Malaria in the Punjab - Number 46
Disease focus: Malaria
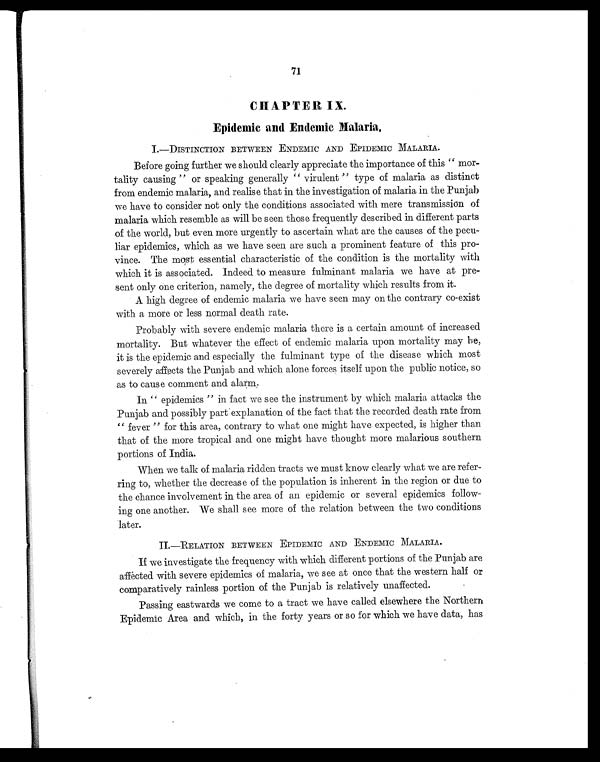
71
CHAPTER IX.
Epidemic and Endemic Malaria.
I.—DISTINCTION BETWEEN ENDEMIC AND EPIDEMIC MALARIA.
Before going further we should clearly appreciate the importance of this "mor-
tality causing" or speaking generally "virulent" type of malaria as distinct
from endemic malaria, and realise that in the investigation of malaria in the Punjab
we have to consider not only the conditions associated with mere transmission of
malaria which resemble as will be seen those frequently described in different parts
of the world, but even more urgently to ascertain what are the causes of the pecu-
liar epidemics, which as we have seen are such a prominent feature of this pro-
vince. The most essential characteristic of the condition is the mortality with
which it is associated. Indeed to measure fulminant malaria we have at pre-
sent only one criterion, namely, the degree of mortality which results from it.
A high degree of endemic malaria we have seen may on the contrary co-exist
with a more or less normal death rate.
Probably with severe endemic malaria there is a certain amount of increased
mortality. But whatever the effect of endemic malaria upon mortality may be,
it is the epidemic and especially the fulminant type of the disease which most
severely affects the Punjab and which alone forces itself upon the public notice, so
as to cause comment and alarm.
In "epidemics" in fact we see the instrument by which malaria attacks the
Punjab and possibly part explanation of the fact that the recorded death rate from
"fever" for this area, contrary to what one might have expected, is higher than
that of the more tropical and one might have thought more malarious southern
portions of India.
When we talk of malaria ridden tracts we must know clearly what we are refer-
ring to, whether the decrease of the population is inherent in the region or due to
the chance involvement in the area of an epidemic or several epidemics follow-
ing one another. We shall see more of the relation between the two conditions
later.
II.—RELATION BETWEEN EPIDEMIC AND ENDEMIC MALARIA.
If we investigate the frequency with which different portions of the Punjab are
affected with severe epidemics of malaria, we see at once that the western half or
comparatively rainless portion of the Punjab is relatively unaffected.
Passing eastwards we come to a tract we have called elsewhere the Northern
Epidemic Area and which, in the forty years or so for which we have data, has